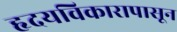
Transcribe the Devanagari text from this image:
हृदयविकारापासून